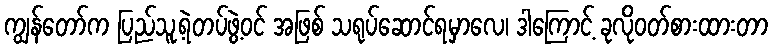
ကျွန်တော်က ပြည်သူ့ရဲတပ်ဖွဲ့ဝင် အဖြစ် သရုပ်ဆောင်ရမှာလေ၊ ဒါကြောင့် ခုလိုဝတ်စားထားတာ